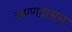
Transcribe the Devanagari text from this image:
कण्णदासन